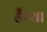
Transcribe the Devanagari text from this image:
सैंय्या